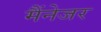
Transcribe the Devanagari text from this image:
मैंनेजर